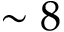
\sim 8